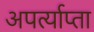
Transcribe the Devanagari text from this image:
अपर्त्याप्ता